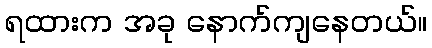
ရထားက အခု နောက်ကျနေတယ်။